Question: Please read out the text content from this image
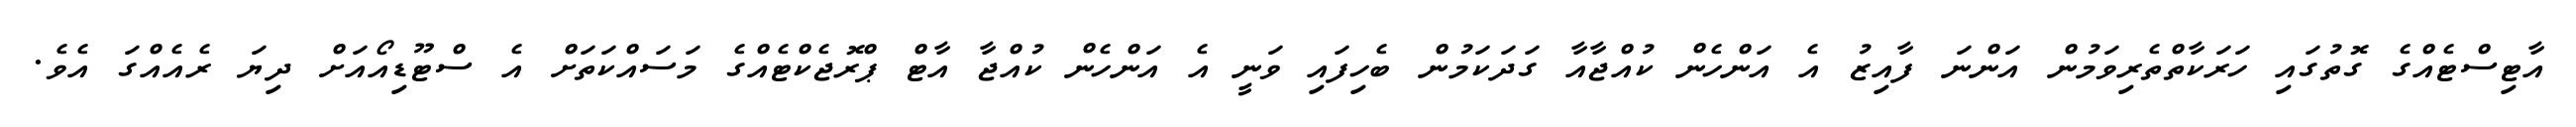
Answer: އާޓިސްޓެއްގެ ގޮތުގައި ހަރަކާތްތެރިވަމުން އަންނަ ފާއިޒު އެ އަންހެން ކުއްޖާއާ ގަދަކަމުން ބެހިފައި ވަނީ އެ އަންހެން ކުއްޖާ އާޓް ޕްރޮޖެކްޓެއްގެ މަސައްކަތަށް އެ ސްޓޫޑިއޯއަށް ދިޔަ ރެއެއްގަ އެވެ.